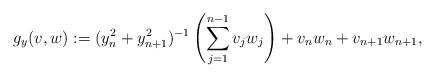
LaTeX: \begin{align*}g_{y}(v,w):= (y_n^2 + y_{n+1}^2)^{-1}\left(\sum\limits_{j=1}^{n-1}v_j w_j \right) + v_n w_n + v_{n+1} w_{n+1},\end{align*}